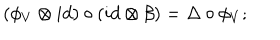
( \phi _ { V } \otimes i d ) \circ ( i d \otimes \beta ) = \Delta \circ \phi _ { V } ;